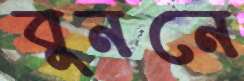
বুননে